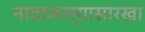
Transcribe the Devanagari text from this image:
नावाजण्यासारखा